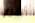
اقفزي